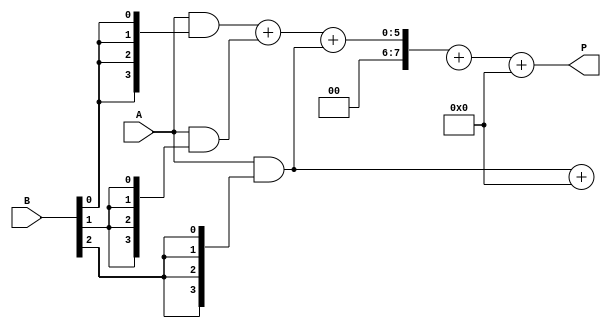
module wallace_tree_multiplier #(parameter N = 4) (
    input  [N-1:0] A,
    input  [N-1:0] B,
    output reg [2*N-1:0] P
);

    // Partial product generation
    wire [N-1:0] pp [0:N-1]; // Partial products
    genvar i, j;
    generate
        for (i = 0; i < N; i = i + 1) begin: pp_gen
            assign pp[i] = A & {N{B[i]}}; // ANDing A with each bit of B
        end
    endgenerate

    // Wallace Tree Reduction
    wire [2*N-1:0] sum [0:N-1]; // Sums at each level
    wire [N-1:0] carry [0:N-1]; // Carries at each level

    // First stage of reduction
    generate
        for (i = 0; i < N; i = i + 1) begin: stage1
            if (i % 3 == 0 && i + 2 < N) begin
                // Full Adder for groups of 3
                assign {carry[i/3], sum[i/3]} = pp[i] + pp[i+1] + pp[i+2];
            end else if (i % 3 == 0 && i + 1 < N) begin
                // Full Adder for groups of 2
                assign {carry[i/3], sum[i/3]} = pp[i] + pp[i+1];
            end else if (i % 3 == 1) begin
                // Half Adder for pairs
                assign sum[i/3] = pp[i] + carry[(i-1)/3];
            end else if (i % 3 == 2) begin
                // Half Adder for pairs
                assign sum[i/3] = pp[i] + carry[(i-2)/3];
            end
        end
    endgenerate

    // Second stage of reduction
    wire [2*N-1:0] final_sum;
    wire final_carry;
    assign final_sum = sum[0] + sum[1]; // Add remaining sums
    assign P = final_sum + carry[0]; // Final product

endmodule